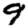
Digit: 9